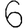
Digit: 6